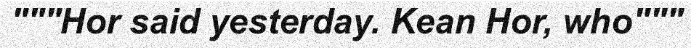
"""Hor said yesterday. Kean Hor, who"""